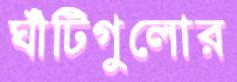
ঘাঁটিগুলোর